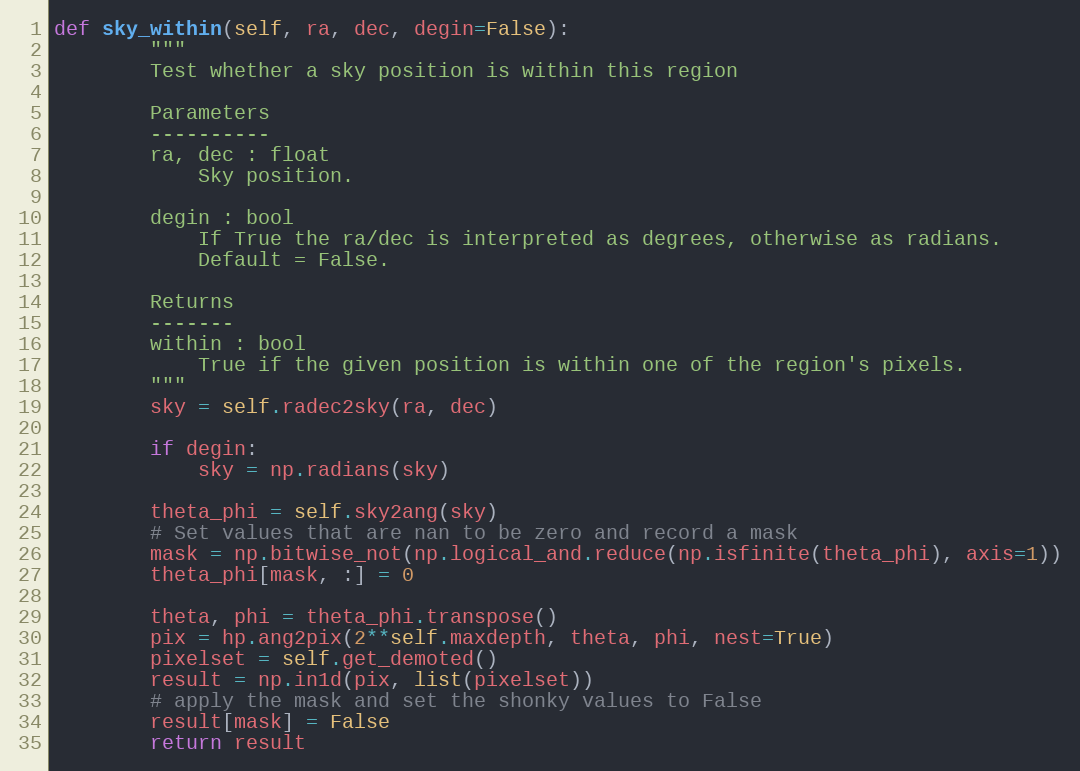
Language: Python
def sky_within(self, ra, dec, degin=False):
        """
        Test whether a sky position is within this region

        Parameters
        ----------
        ra, dec : float
            Sky position.

        degin : bool
            If True the ra/dec is interpreted as degrees, otherwise as radians.
            Default = False.

        Returns
        -------
        within : bool
            True if the given position is within one of the region's pixels.
        """
        sky = self.radec2sky(ra, dec)

        if degin:
            sky = np.radians(sky)

        theta_phi = self.sky2ang(sky)
        # Set values that are nan to be zero and record a mask
        mask = np.bitwise_not(np.logical_and.reduce(np.isfinite(theta_phi), axis=1))
        theta_phi[mask, :] = 0

        theta, phi = theta_phi.transpose()
        pix = hp.ang2pix(2**self.maxdepth, theta, phi, nest=True)
        pixelset = self.get_demoted()
        result = np.in1d(pix, list(pixelset))
        # apply the mask and set the shonky values to False
        result[mask] = False
        return result